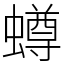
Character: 𧒆